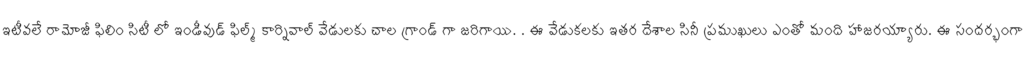
ఇటీవలే రామోజీ ఫిలిం సిటీ లో ఇండీవుడ్ ఫిల్మ్ కార్నివాల్ వేడులకు చాల గ్రాండ్ గా జరిగాయి. . ఈ వేడుకలకు ఇతర దేశాల సినీ ప్రముఖులు ఎంతో మంది హాజరయ్యారు. ఈ సందర్భంగా